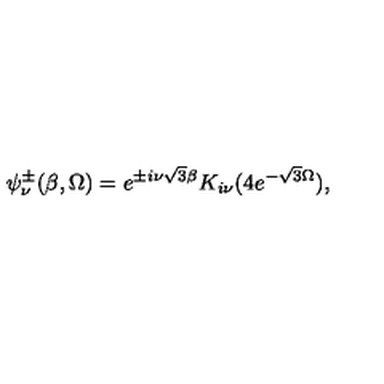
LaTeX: \psi _ { \nu } ^ { \pm } ( \beta , \Omega ) = e ^ { \pm i \nu \sqrt { 3 } \beta } K _ { i \nu } ( 4 e ^ { - \sqrt { 3 } \Omega } ) ,